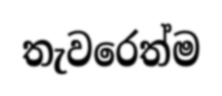
තැවරෙත්ම